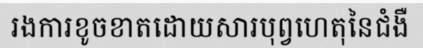
រងការខូចខាតដោយសារបុព្វហេតុនៃជំងឺ